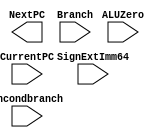
module NextPClogic(NextPC, CurrentPC, SignExtImm64, Branch, ALUZero, Uncondbranch); 
   input [63:0] CurrentPC, SignExtImm64; 
   input 	Branch, ALUZero, Uncondbranch; 
   output [63:0] NextPC; 

   /* write your code here */ 


endmodule